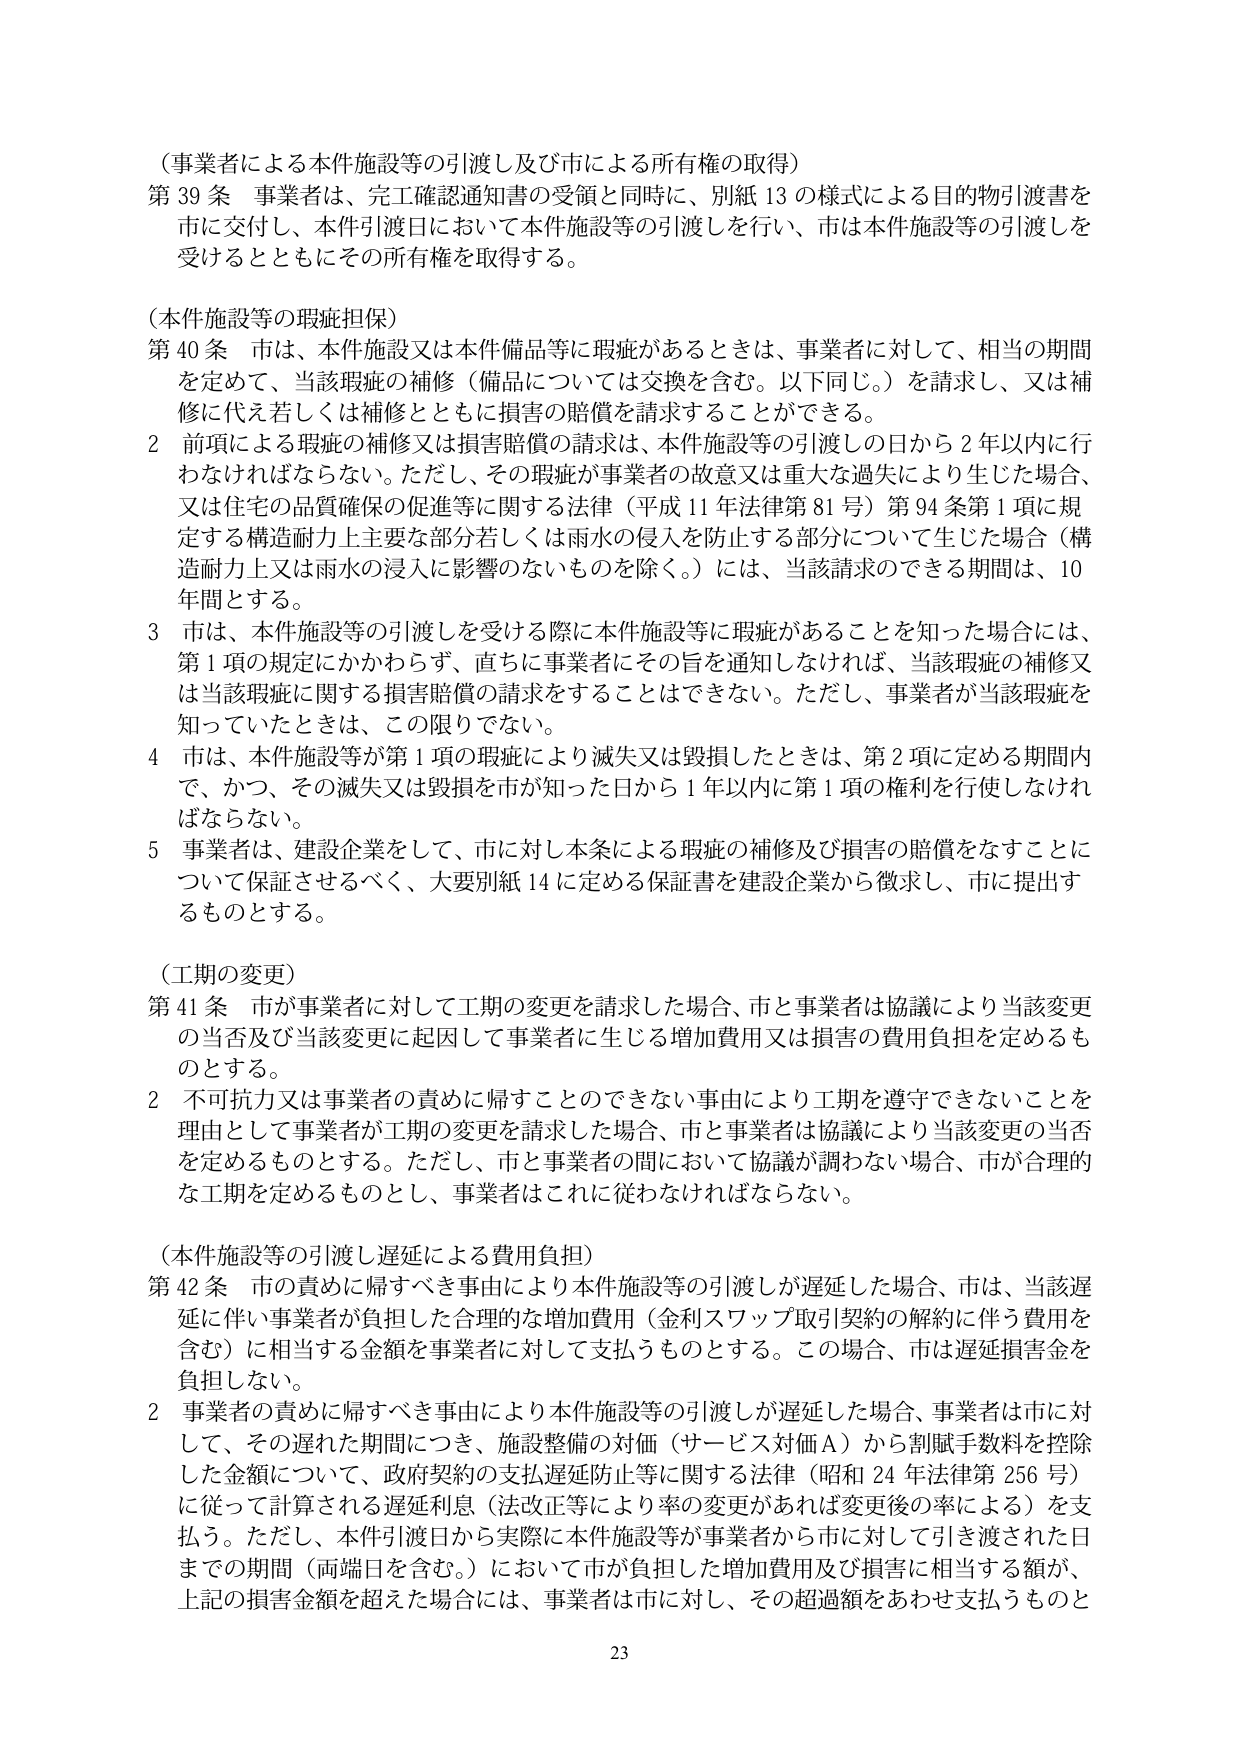
（事業者による本件施設等の引渡し及び市による所有権の取得）
第39条 事業者は、完工確認通知書の受領と同時に、別紙13の様式による目的物引渡書を市に交付し、本件引渡日において本件施設等の引渡しを行い、市は本件施設等の引渡しを受けるとともにその所有権を取得する。

（本件施設等の瑕疵担保）
第40条 市は、本件施設又は本件備品等に瑕疵があるときは、事業者に対して、相当の期間を定めて、当該瑕疵の補修（備品については交換を含む。以下同じ。）を請求し、又は補修に代え若しくは補修とともに損害の賠償を請求することができる。
2 前項による瑕疵の補修又は損害賠償の請求は、本件施設等の引渡しの日から2年以内に行わなければならない。ただし、その瑕疵が事業者の故意又は重大な過失により生じた場合、又は住宅の品質確保の促進等に関する法律（平成11年法律第81号）第94条第1項に規定する構造耐力上主要な部分若しくは雨水の侵入を防止する部分について生じた場合（構造耐力上又は雨水の浸入に影響のないものを除く。）には、当該請求のできる期間は、10年間とする。
3 市は、本件施設等の引渡しを受ける際に本件施設等に瑕疵があることを知った場合には、第1項の規定にかかわらず、直ちに事業者にその旨を通知しなければ、当該瑕疵の補修又は当該瑕疵に関する損害賠償の請求をすることはできない。ただし、事業者が当該瑕疵を知っていたときは、この限りでない。
4 市は、本件施設等が第1項の瑕疵により滅失又は毀損したときは、第2項に定める期間内 で、かつ、その滅失又は毀損を市が知った日から1年以内に第1項の権利を行使しなければならない。
5 事業者は、建設企業をして、市に対し本条による瑕疵の補修及び損害の賠償をなすことについて保証させるべく、大要別紙14に定める保証書を建設企業から徴求し、市に提出するものとする。

（工期の変更）
第41条 市が事業者に対して工期の変更を請求した場合、市と事業者は協議により当該変更の当否及び当該変更に起因して事業者に生じる増加費用又は損害の費用負担を定めるものとする。
2 不可抗力又は事業者の責めに帰することのできない事由により工期を遵守できないことを理由として事業者が工期の変更を請求した場合、市と事業者は協議により当該変更の当否を定めるものとする。ただし、市と事業者の間において協議が調わない場合、市が合理的な工期を定めるものとし、事業者はこれに従わなければならない。

（本件施設等の引渡し遅延による費用負担）
第42条 市の責めに帰すべき事由により本件施設等の引渡しが遅延した場合、市は、当該遅延に伴い事業者が負担した合理的な増加費用（金利スワップ取引契約の解約に伴う費用を含む）に相当する金額を事業者に対して支払うものとする。この場合、市は遅延損害金を負担しない。
2 事業者の責めに帰すべき事由により本件施設等の引渡しが遅延した場合、事業者は市に対して、その遅れた期間につき、施設整備の対価（サービス対価A）から割賦手数料を控除した金額について、政府契約の支払遅延防止等に関する法律（昭和24年法律第256号）に従って計算される遅延利息（法改正等により率の変更があれば変更後の率による）を支払う。ただし、本件引渡日から実際に本件施設等が事業者から市に対して引き渡された日までの期間（両端日を含む。）において市が負担した増加費用及び損害に相当する額が、上記の損害金額を超えた場合には、事業者は市に対し、その超過額をあわせ支払うものと

23